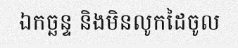
ឯកច្ឆន្ទ និងមិនលូកដៃចូល